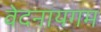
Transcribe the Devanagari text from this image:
वेदनायगम